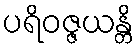
ပရိဝဇ္ဇယန္တိ